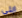
ابنى